Vaccination United Provinces of Agra and Oudh 1923-1928 - 1923-1928
Year: 1923
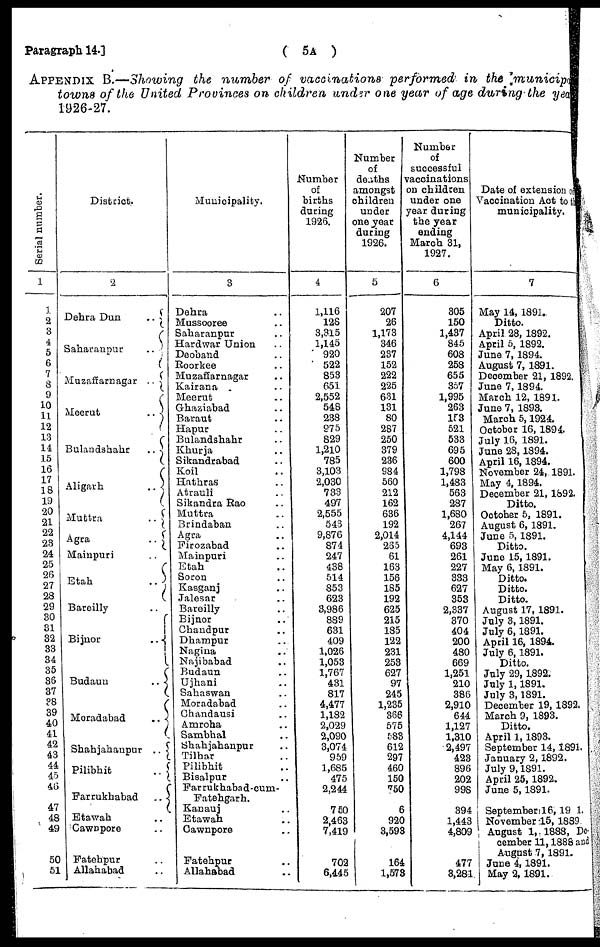
Paragraph 14.]
( 5A )
APPENDIX B.—Showing the number of vaccinations performed in the municipa
towns of the united Provinces on children under one year of age during the yea
1926-27.
Serial number.
1
1
2
3
4
5
6
7
8
9
10
11
12
13
14
15
16
17
18
19
20
21
22
23
24
25
26
27
28
29
30
31
32
33
34
35
36
37
38
39
40
41
42
43
44
45
46
47
48
49
50
51
District.
2
Dehra Dun
..
Saharanpur
..
Muzaffarnagar ..
Meerut
..
Bulandshahr
..
Aligarh
..
Muttra
..
Agra
..
Mainpuri ..
Etah
..
Bareilly
Bijnor
..
Budaun
..
Moradabad
..
Shahjahanpur ..
Pilibhit
..
Farrukhabad
..
Etawah ..
Cawnpore ..
Fatehpur ..
Allahabad ..
Municipality.
3
Dehra ..
Mussooree ..
Saharanpur ..
Hardwar Union ..
Deoband ..
Roorkee ..
Muzaffarnagar ..
Kairana ..
Meerut ..
Ghaziabad ..
Baraut ..
Hapur ..
Bulandshahr ..
Khurja ..
Sikandrabad ..
Koil ..
Hathras ..
Atrauli ..
Sikandra Rao ..
Muttra ..
Brindaban ..
Agra ..
Firozabad ..
Mainpuri ..
Etah ..
Soron ..
Kasganj ..
Jalesar ..
Bareilly ..
Bijnor ..
Chandpur ..
Dhampur ..
Nagina ..
Najibabad ..
Budaun ..
Ujhani ..
Sahaswan ..
Moradabad ..
Chandausi ..
Amroha ..
Sambhal ..
Shahjahanpur ..
Tilhar ..
Pilibhit ..
Bisalpur ..
Farrukhabad -cum¬
Fatehgarh.
Kanauj ..
Etawah ..
Cawnpore ..
Fatehpur ..
Allahabad ..
Number
of
births
during
1926.
4
1,116
128
3,315
1,145
920
522
853
651
2,552
548
238
975
829
1,210
785
3,103
2,030
733
497
2,555
543
9,876
874
247
438
514
853
623
3,986
889
631
409
1,026
1,053
1,767
431
817
4,477
1,182
2,029
2,090
3,074
959
1,685
475
2,244
750
2,463
7,419
702
6,445
Number
of
deaths
amongst
children
under
one year
during
1926.
5
207
26
1,173
346
237
152
222
225
631
131
80
287
250
379
236
984
560
212
162
636
192
2,014
265
61
163
156
185
192
625
215
185
122
231
253
627
97
245
1,235
366
575
583
612
297
460
150
750
6
920
3,593
164
1,573
Number
of
successful
vaccinations
on children
under one
year during
the year
ending
March 31,
1927.
6
305
150
1,437
845
608
258
655
357
1,995
263
153
521
533
695
600
1,798
1,483
563
287
1,680
267
4,144
693
261
227
333
627
353
2,337
370
404
200
480
669
1,251
210
386
2,910
644
1,127
1,310
2,497
423
896
202
998
394
1,443
4,809
477
3,281
Date of extension of
Vaccination Act to the
municipality.
7
May 14,1891..
Ditto.
April 28, 1892.
April 5, 1892.
June 7,1894.
August 7, 1891.
December 21, 1892.
June 7, 1894.
March 12, 1891.
June 7, 1893.
March 5,1924.
October 16, 1894.
July 16, 1891.
June 28,1894.
April 16, 1894.
November 24, 1891.
May 4, 1894.
December 21, 1892.
Ditto.
October 5, 1891.
August 6, 1891.
June 5, 1891.
Ditto.
June 15,1891.
May 6, 1891.
Ditto.
Ditto.
Ditto.
August 17, 1891.
July 3,1891.
July 6,1891.
April 16, 1894.
July 6,1891.
Ditto.
July 29,1892.
July 1,1891.
July 3,1891.
December 19, 1892.
March 9, 1893.
Ditto.
April 1,1893.
September 14,1891.
January 2,1892.
July 9,1891.
April 25, 1892.
June 5,1891.
September 16, 1991.
November 15, 1889
August 1,1888, De¬
cember 11,1888 and
August 7, 1891.
June 4,1891.
May 2, 1891.